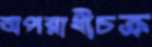
অপরাধীচক্র